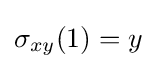
\sigma _{xy}(1)=y